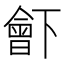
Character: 𣍋